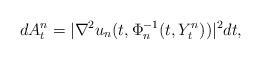
LaTeX: \begin{align*}dA^n_t=|\nabla^2u_n(t,\Phi_n ^{-1}(t,Y^n_t))|^2dt,\end{align*}